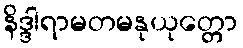
နိဒ္ဒါရာမတမနုယုတ္တော